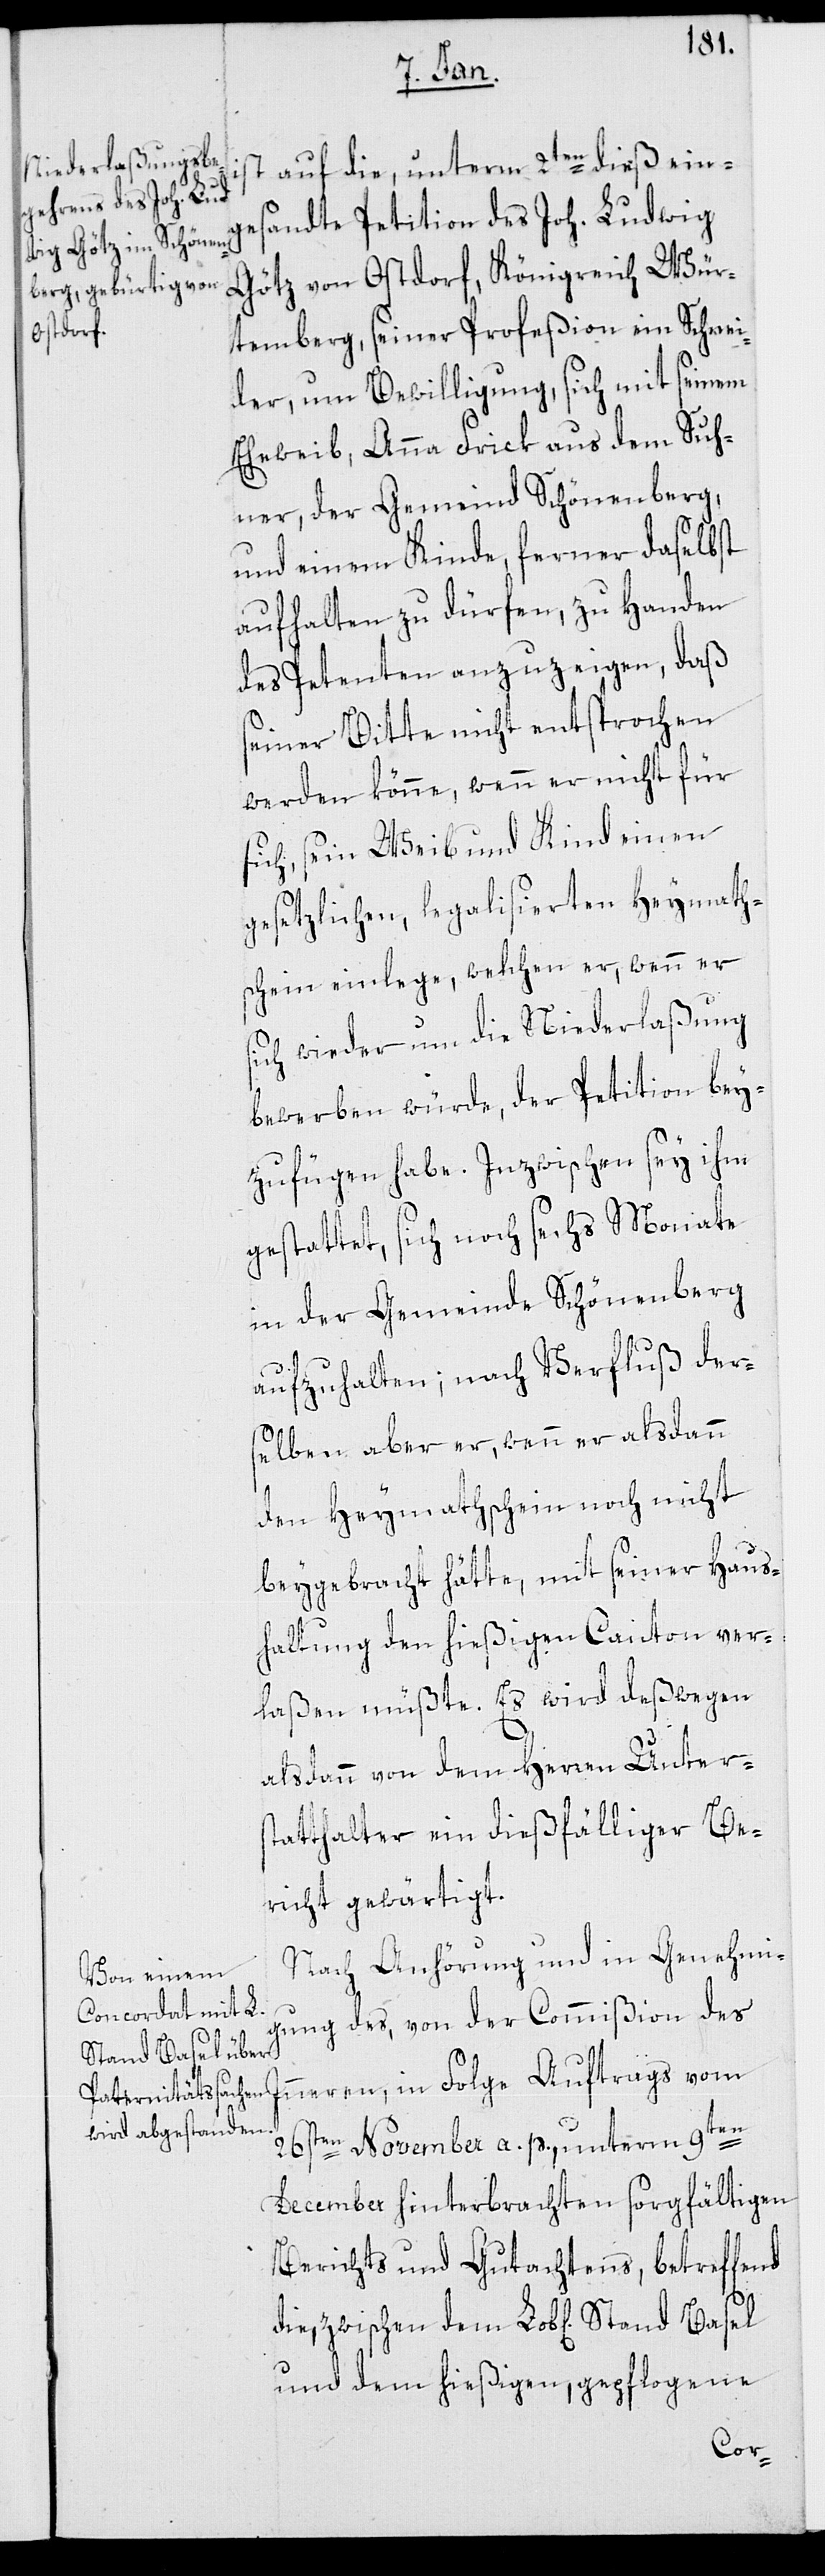
ist auf die, unterm 2ten dieß ein¬
gesandte Petition des Joh. Ludwig
Götz von Ostdorf, Königreich Wür¬
temberg, seiner Profeßion ein Schnei¬
der, um Bewilligung, sich mit seinem
Eheweib, Anna Frick aus dem Suh¬
ner, der Gemeind Schönenberg,
und einem Kinde, ferner daselbst
aufhalten zu dürfen, zu Handen
des Petenten anzuzeigen, daß
seiner Bitte nicht entsprochen
werden könne, wenn er nicht für
sich, sein Weib und Kind einen
gesetzlichen, legalisierten Heymath¬
schein einlege, welchen er, wenn er
sich wieder um die Niederlaßung
bewerben würde, der Petition bey¬
zufügen habe. Inzwischen sey ihm
gestattet, sich noch sechs Monate
in der Gemeinde Schönenberg
aufzuhalten; nach Verfluß der¬
selben aber er, wenn er alsdann
den Heymathschein noch nicht
beygebracht hätte, mit seiner Haus¬
haltung den hießigen Canton ver¬
laßen müßte. Es wird deßwegen
alsdann von dem Herren Unters¬
tatthalter ein dießfälliger Be¬
richt gewärtigt.
Nach Anhörung und in Genehmi¬
gung des, von der Commißion des
Inneren, in Folge Auftrags vom
26sten November a. p. unterm 9ten
December hinterbrachten sorgfältigen
Berichts und Gutachtens, betreffend
und dem hießigen, gepflogene